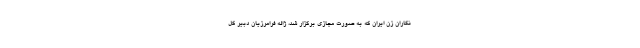
نگاران زن ایران که به صورت مجازی برگزار شد، ژاله فرامرزیان دبیر کل